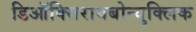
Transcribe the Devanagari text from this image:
डिऑक्सिरायबोन्युक्लिक